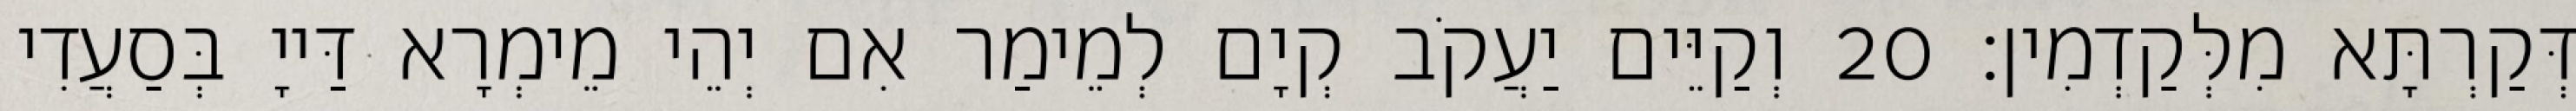
דְּקַרְתָּא מִלְּקַדְמִין׃ 20 וְקַיֵּים יַעֲקֹב קְיָם לְמֵימַר אִם יְהֵי מֵימְרָא דַּייָ בְּסַעֲדִי